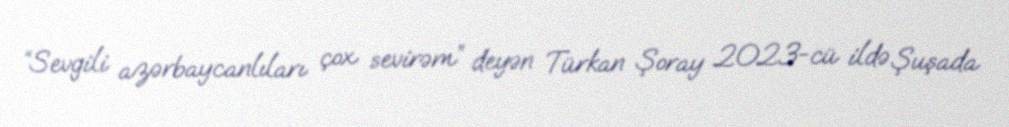
“Sevgili azərbaycanlıları çox sevirəm” deyən Türkan Şoray 2023-cü ildə Şuşada